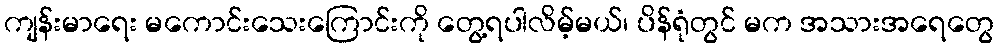
ကျန်းမာရေး မကောင်းသေးကြောင်းကို တွေ့ရပါလိမ့်မယ်၊ ပိန်ရုံတွင် မက အသားအရေတွေ